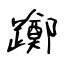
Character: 躑